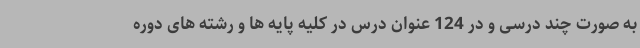
به صورت چند درسی و در 124 عنوان درس در کلیه پایه ها و رشته های دوره